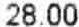
28.00